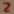
Text: 2